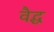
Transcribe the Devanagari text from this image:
वैद्ध